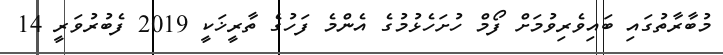
މުބާރާތުގައި ބައިވެރިވުމަށް ފޯމް ހުށަހެޅުމުގެ އެންމެ ފަހުގެ ތާރީޚަކީ 2019 ފެބުރުވަރީ 14